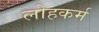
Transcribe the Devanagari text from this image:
लोहकर्म